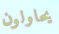
يحاولون